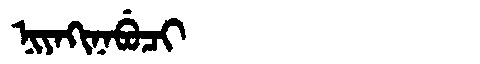
Manchu: ᠨᡳᠶᠠᡴᡳᠨᠠᠪᡠᠴᡳ
Romanization: NIYAKINABUCI